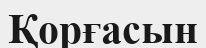
Қорғасын